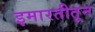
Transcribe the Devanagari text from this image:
इमारतीतून